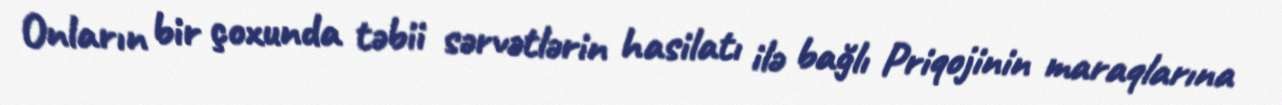
Onların bir çoxunda təbii sərvətlərin hasilatı ilə bağlı Priqojinin maraqlarına